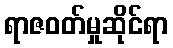
ရာဇဝတ်မှုဆိုင်ရာ